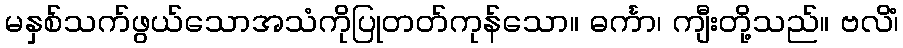
မနှစ်သက်ဖွယ်သောအသံကိုပြုတတ်ကုန်သော။ ဓင်္ကာ၊ ကျီးတို့သည်။ ဗလိံ၊